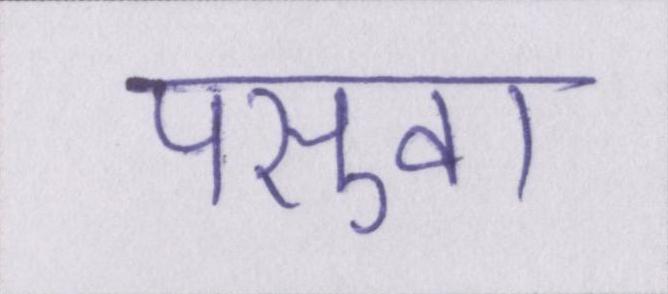
पसुवा